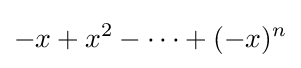
-x+x^{2}-\dotsb +(-x)^{n}